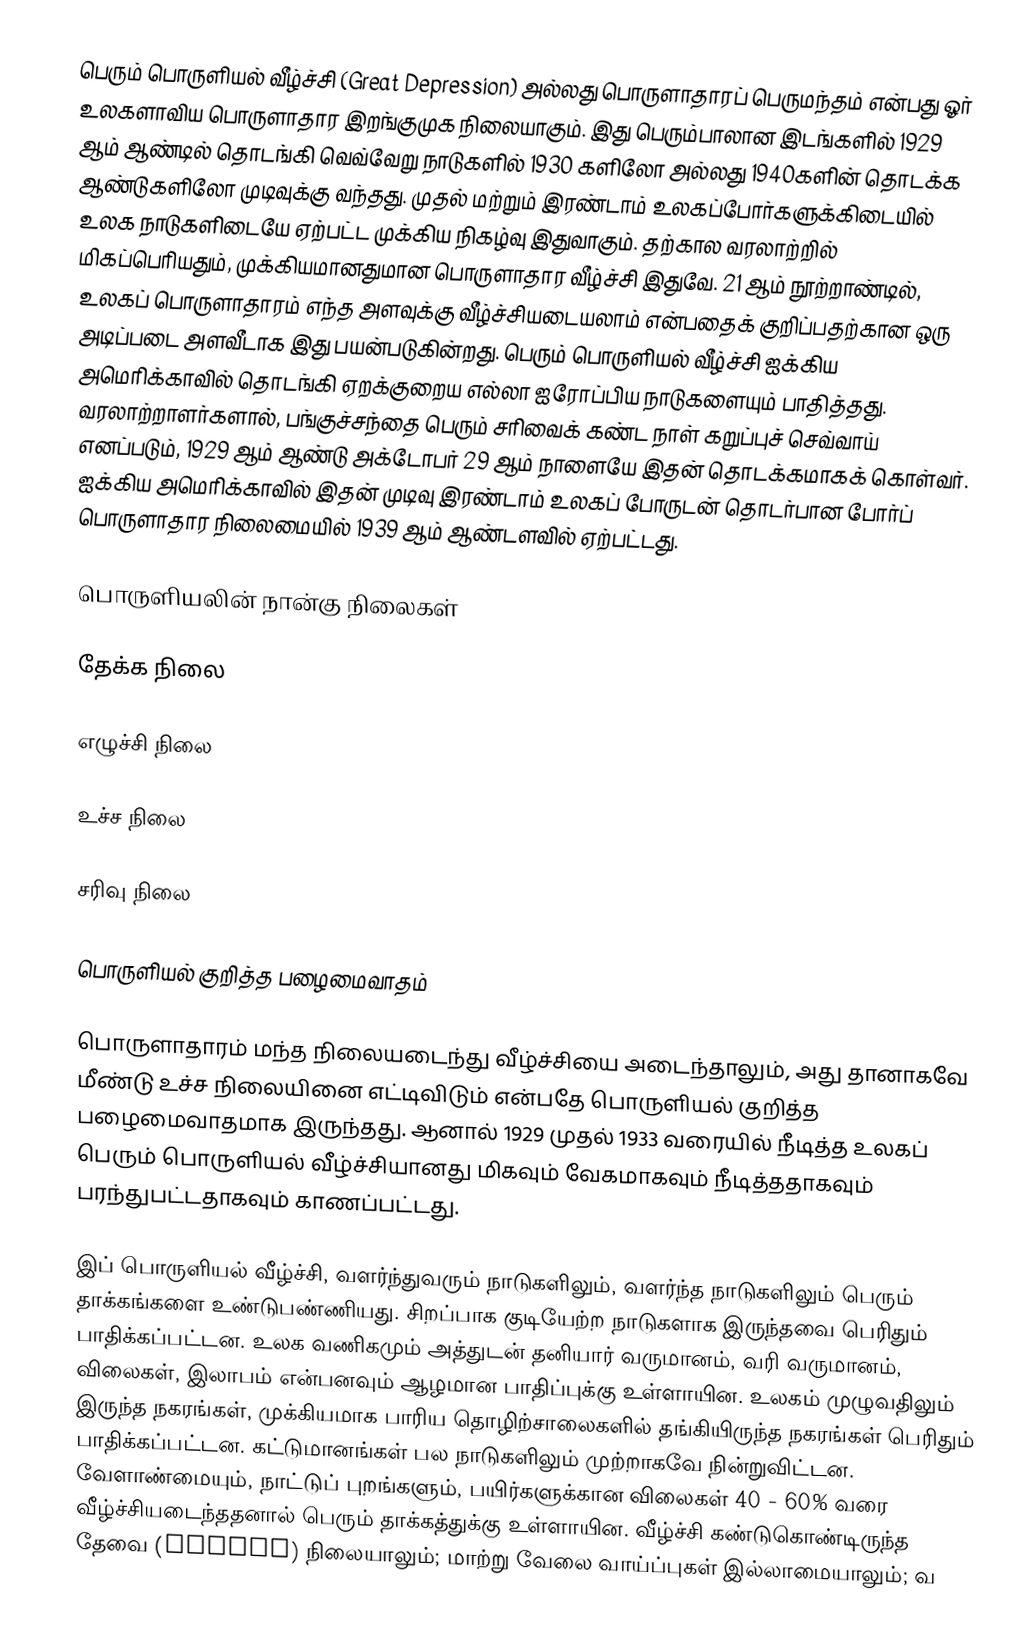
பெரும் பொருளியல் வீழ்ச்சி (Great Depression) அல்லது பொருளாதாரப் பெருமந்தம் என்பது ஓர் உலகளாவிய பொருளாதார இறங்குமுக நிலையாகும். இது பெரும்பாலான இடங்களில் 1929 ஆம் ஆண்டில் தொடங்கி வெவ்வேறு நாடுகளில் 1930 களிலோ அல்லது 1940களின் தொடக்க ஆண்டுகளிலோ முடிவுக்கு வந்தது. முதல் மற்றும் இரண்டாம் உலகப்போர்களுக்கிடையில் உலக நாடுகளிடையே ஏற்பட்ட முக்கிய நிகழ்வு இதுவாகும். தற்கால வரலாற்றில் மிகப்பெரியதும், முக்கியமானதுமான பொருளாதார வீழ்ச்சி இதுவே. 21 ஆம் நூற்றாண்டில், உலகப் பொருளாதாரம் எந்த அளவுக்கு வீழ்ச்சியடையலாம் என்பதைக் குறிப்பதற்கான ஒரு அடிப்படை அளவீடாக இது பயன்படுகின்றது. பெரும் பொருளியல் வீழ்ச்சி ஐக்கிய அமெரிக்காவில் தொடங்கி ஏறக்குறைய எல்லா ஐரோப்பிய நாடுகளையும் பாதித்தது. வரலாற்றாளர்களால், பங்குச்சந்தை பெரும் சரிவைக் கண்ட நாள் கறுப்புச் செவ்வாய் எனப்படும், 1929 ஆம் ஆண்டு அக்டோபர் 29 ஆம் நாளையே இதன் தொடக்கமாகக் கொள்வர். ஐக்கிய அமெரிக்காவில் இதன் முடிவு இரண்டாம் உலகப் போருடன் தொடர்பான போர்ப் பொருளாதார நிலைமையில் 1939 ஆம் ஆண்டளவில் ஏற்பட்டது.

பொருளியலின் நான்கு நிலைகள்

 தேக்க நிலை

 எழுச்சி நிலை

 உச்ச நிலை

 சரிவு நிலை

பொருளியல் குறித்த பழைமைவாதம்

பொருளாதாரம் மந்த நிலையடைந்து வீழ்ச்சியை அடைந்தாலும், அது  தானாகவே மீண்டு உச்ச நிலையினை எட்டிவிடும் என்பதே பொருளியல் குறித்த பழைமைவாதமாக இருந்தது. ஆனால் 1929 முதல் 1933 வரையில் நீடித்த உலகப் பெரும் பொருளியல் வீழ்ச்சியானது மிகவும் வேகமாகவும் நீடித்ததாகவும் பரந்துபட்டதாகவும் காணப்பட்டது.

இப் பொருளியல் வீழ்ச்சி, வளர்ந்துவரும் நாடுகளிலும், வளர்ந்த நாடுகளிலும் பெரும் தாக்கங்களை உண்டுபண்ணியது. சிறப்பாக குடியேற்ற நாடுகளாக இருந்தவை பெரிதும் பாதிக்கப்பட்டன. உலக வணிகமும் அத்துடன் தனியார் வருமானம், வரி வருமானம், விலைகள், இலாபம் என்பனவும் ஆழமான பாதிப்புக்கு உள்ளாயின. உலகம் முழுவதிலும் இருந்த நகரங்கள், முக்கியமாக பாரிய தொழிற்சாலைகளில் தங்கியிருந்த நகரங்கள் பெரிதும் பாதிக்கப்பட்டன. கட்டுமானங்கள் பல நாடுகளிலும் முற்றாகவே நின்றுவிட்டன. வேளாண்மையும், நாட்டுப் புறங்களும், பயிர்களுக்கான விலைகள் 40 - 60% வரை வீழ்ச்சியடைந்ததனால் பெரும் தாக்கத்துக்கு உள்ளாயின. வீழ்ச்சி கண்டுகொண்டிருந்த தேவை (demand) நிலையாலும்; மாற்று வேலை வாய்ப்புகள் இல்லாமையாலும்; வ